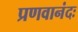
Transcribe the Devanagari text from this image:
प्रणवानंदः